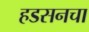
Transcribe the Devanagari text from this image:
हडसनचा